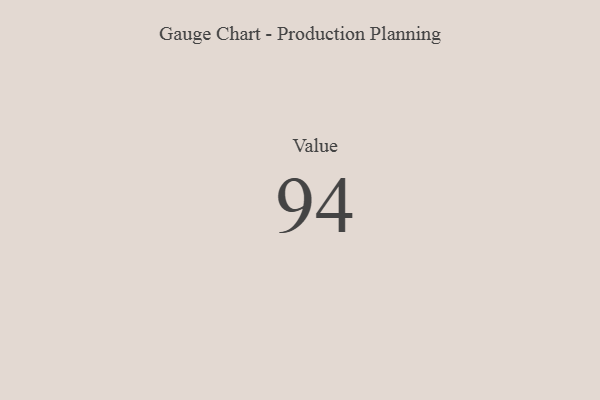
{"axis": {"x": "Metric", "y": "Value"}, "legend": [""], "data": [{"x": "Value", "y": 94, "type": ""}]}